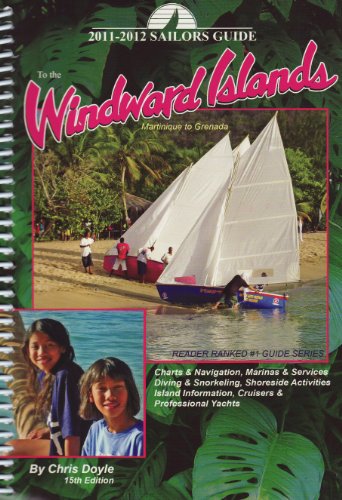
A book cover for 2011-2012 Sailors Guide to the Windward Islands: Martinique to Grenada (Sailor's Guides); Chris Doyle; Travel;